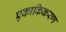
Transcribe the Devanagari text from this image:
एकाकिकरण